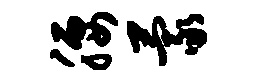
腰蒙